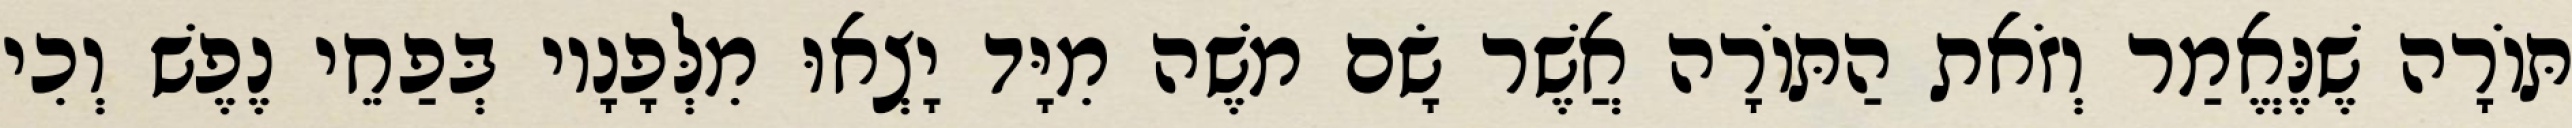
תּוֹרָה שֶׁנֶּאֱמַר וְזֹאת הַתּוֹרָה אֲשֶׁר שָׂם מֹשֶׁה מִיָּד יָצְאוּ מִלְּפָנָיו בְּפַחֵי נֶפֶשׁ וְכִי